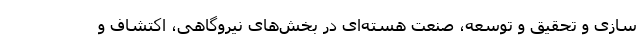
سازی و تحقیق و توسعه، صنعت هسته‌ای در بخش‌های نیروگاهی، اکتشاف و